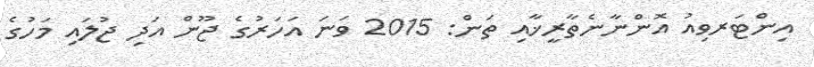
އިންޓަރވިއު އޮންނާނެތާރީޚާއި ތަން: 2015 ވަނަ އަހަރުގެ ޖޫން އަދި ޖުލައި މަހުގެ